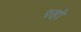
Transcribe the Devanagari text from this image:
रुहो